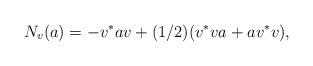
LaTeX: \begin{gather*}N_v(a)=-v^*av+(1/2)(v^*va+av^*v),\end{gather*}